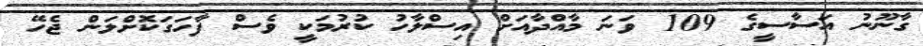
ގާނޫނު އަސާސީގެ 109 ވަނަ މާއްދާއަށް އިސްލާހު ކުރުމަކީ ވެސް ފާހަގަކޮށްލަން ޖެހޭ